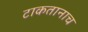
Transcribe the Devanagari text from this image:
टाकतानाच